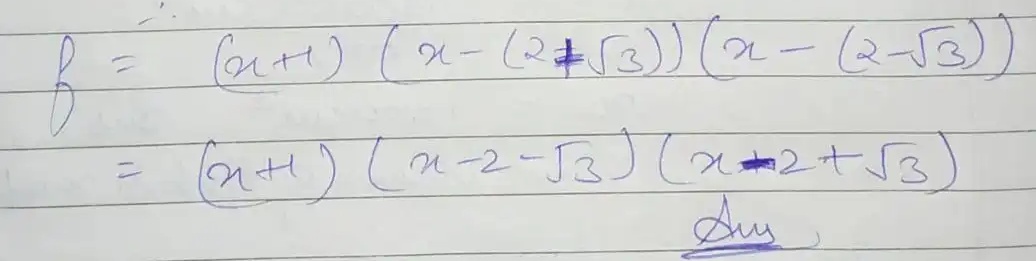
\[
\begin{align*}
f&=(x + 1)(x-(2\mp\sqrt{3}))(x-(2 - \sqrt{3}))\\
&=(x + 1)(x - 2-\sqrt{3})(x\mp2+\sqrt{3})\\
\end{align*}
\]
Ans